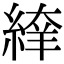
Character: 𦂡